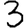
Digit: 3